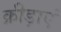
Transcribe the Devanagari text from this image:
क्रीड़ाएं